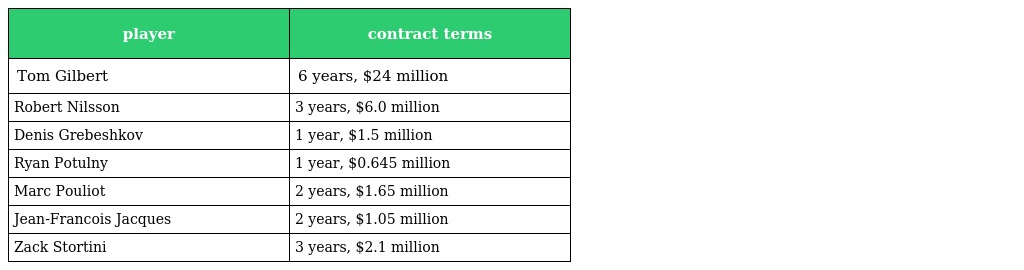
| player | contract terms |
 | --- | --- |
 | Tom Gilbert | 6 years, $24 million |
 | Robert Nilsson | 3 years, $6.0 million |
 | Denis Grebeshkov | 1 year, $1.5 million |
 | Ryan Potulny | 1 year, $0.645 million |
 | Marc Pouliot | 2 years, $1.65 million |
 | Jean-Francois Jacques | 2 years, $1.05 million |
 | Zack Stortini | 3 years, $2.1 million |